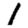
Digit: 1